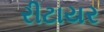
રીટાયર